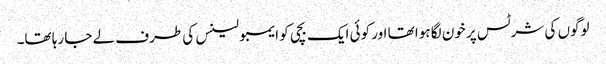
لوگوں کی شرٹس پر خون لگا ہوا تھا اور کوئی ایک بچی کو ایمبولینس کی طرف لے جا رہا تھا۔